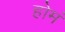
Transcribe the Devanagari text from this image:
होमं